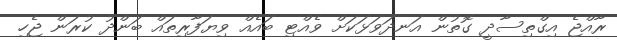
ރާއްޖެ އިގްތިސާދީ ގޮތުން އަނދަވަޅަކަށް ވެއްޓި ބައެއް ވިޔަފާރިތައް ބަންދު ކުރަން ޖެހި